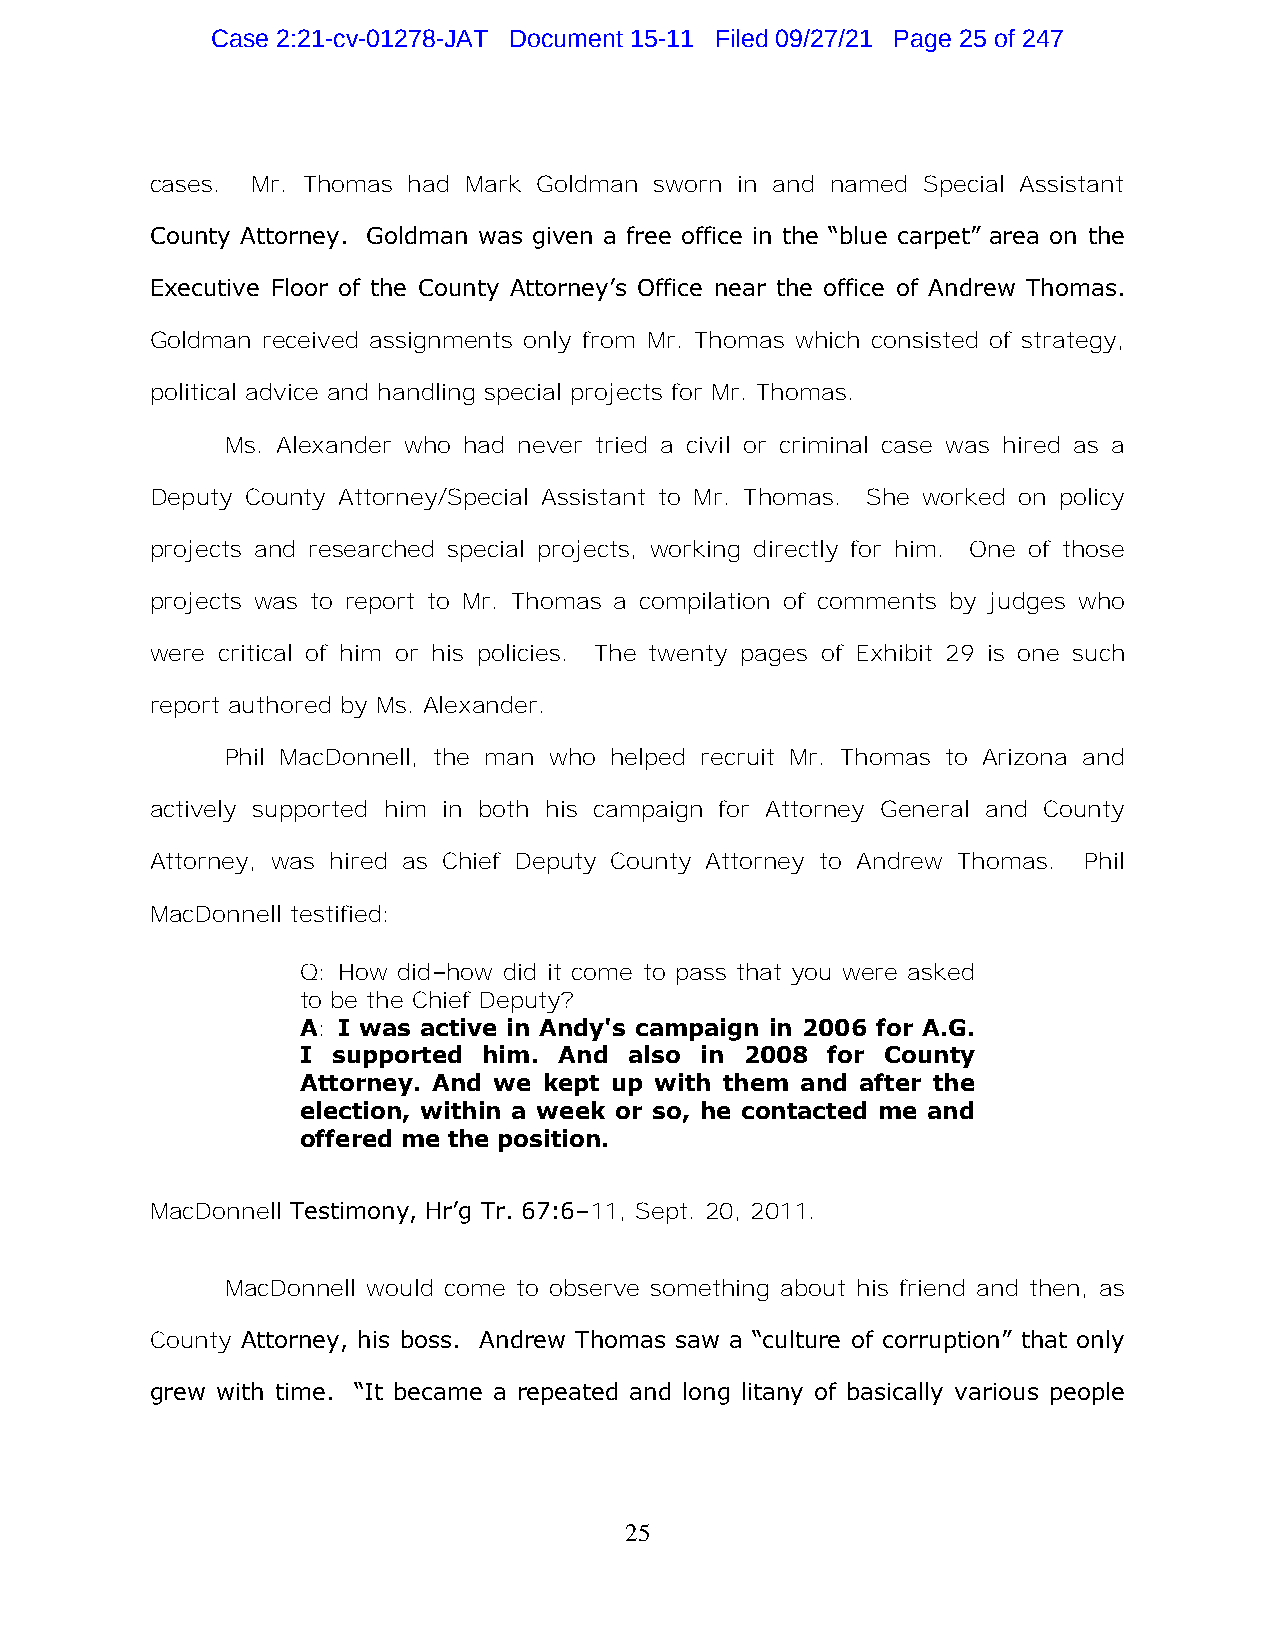
Case 2:21-cv-01278-JAT Document 15-11 Filed 09/27/21 Page 25 of 247
 cases. Mr. Thomas had Mark Goldman sworn in and named Special Assistant
 County Attorney. Goldman was given a free office in the “blue carpet” area on the
 Executive Floor of the County Attorney’s Office near the office of Andrew Thomas.
 Goldman received assignments only from Mr. Thomas which consisted of strategy,
 political advice and handling special projects for Mr. Thomas.
 Ms. Alexander who had never tried a civil or criminal case was hired as a
 Deputy County Attorney/Special Assistant to Mr. Thomas. She worked on policy
 projects and researched special projects, working directly for him. One of those
 projects was to report to Mr. Thomas a compilation of comments by judges who
 were critical of him or his policies. The twenty pages of Exhibit 29 is one such
 report authored by Ms. Alexander.
 Phil MacDonnell, the man who helped recruit Mr. Thomas to Arizona and
 actively supported him in both his campaign for Attorney General and County
 Attorney, was hired as Chief Deputy County Attorney to Andrew Thomas. Phil
 MacDonnell testified:
 Q: How did–how did it come to pass that you were asked
 to be the Chief Deputy?
 A: I was active in Andy's campaign in 2006 for A.G.
 I supported him. And  also in 2008 for County
 Attorney. And we kept up with them and after the
 election, within a week or so, he contacted me and
 offered me the position.
 MacDonnell Testimony, Hr’g Tr. 67:6–11, Sept. 20, 2011.
 MacDonnell would come to observe something about his friend and then, as
 County Attorney, his boss. Andrew Thomas saw a “culture of corruption” that only
 grew with time. “It became a repeated and long litany of basically various people
 25